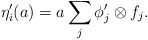
\begin{align*} \eta_{i}'(a) = a \sum_{j} \phi'_{j} \otimes f_{j}.\end{align*}